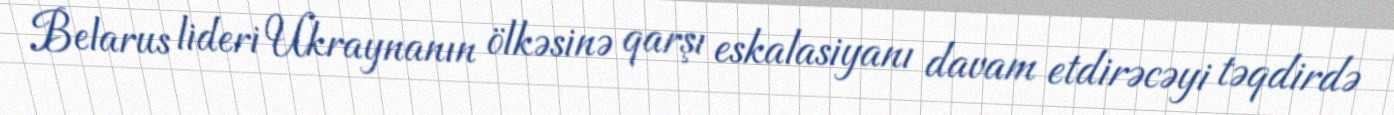
Belarus lideri Ukraynanın ölkəsinə qarşı eskalasiyanı davam etdirəcəyi təqdirdə